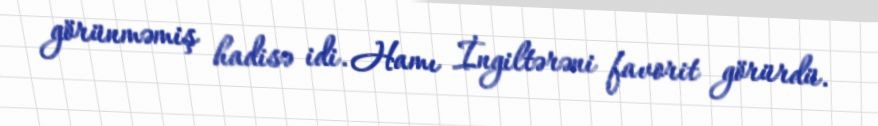
görünməmiş hadisə idi. Hamı İngiltərəni favorit görürdü.